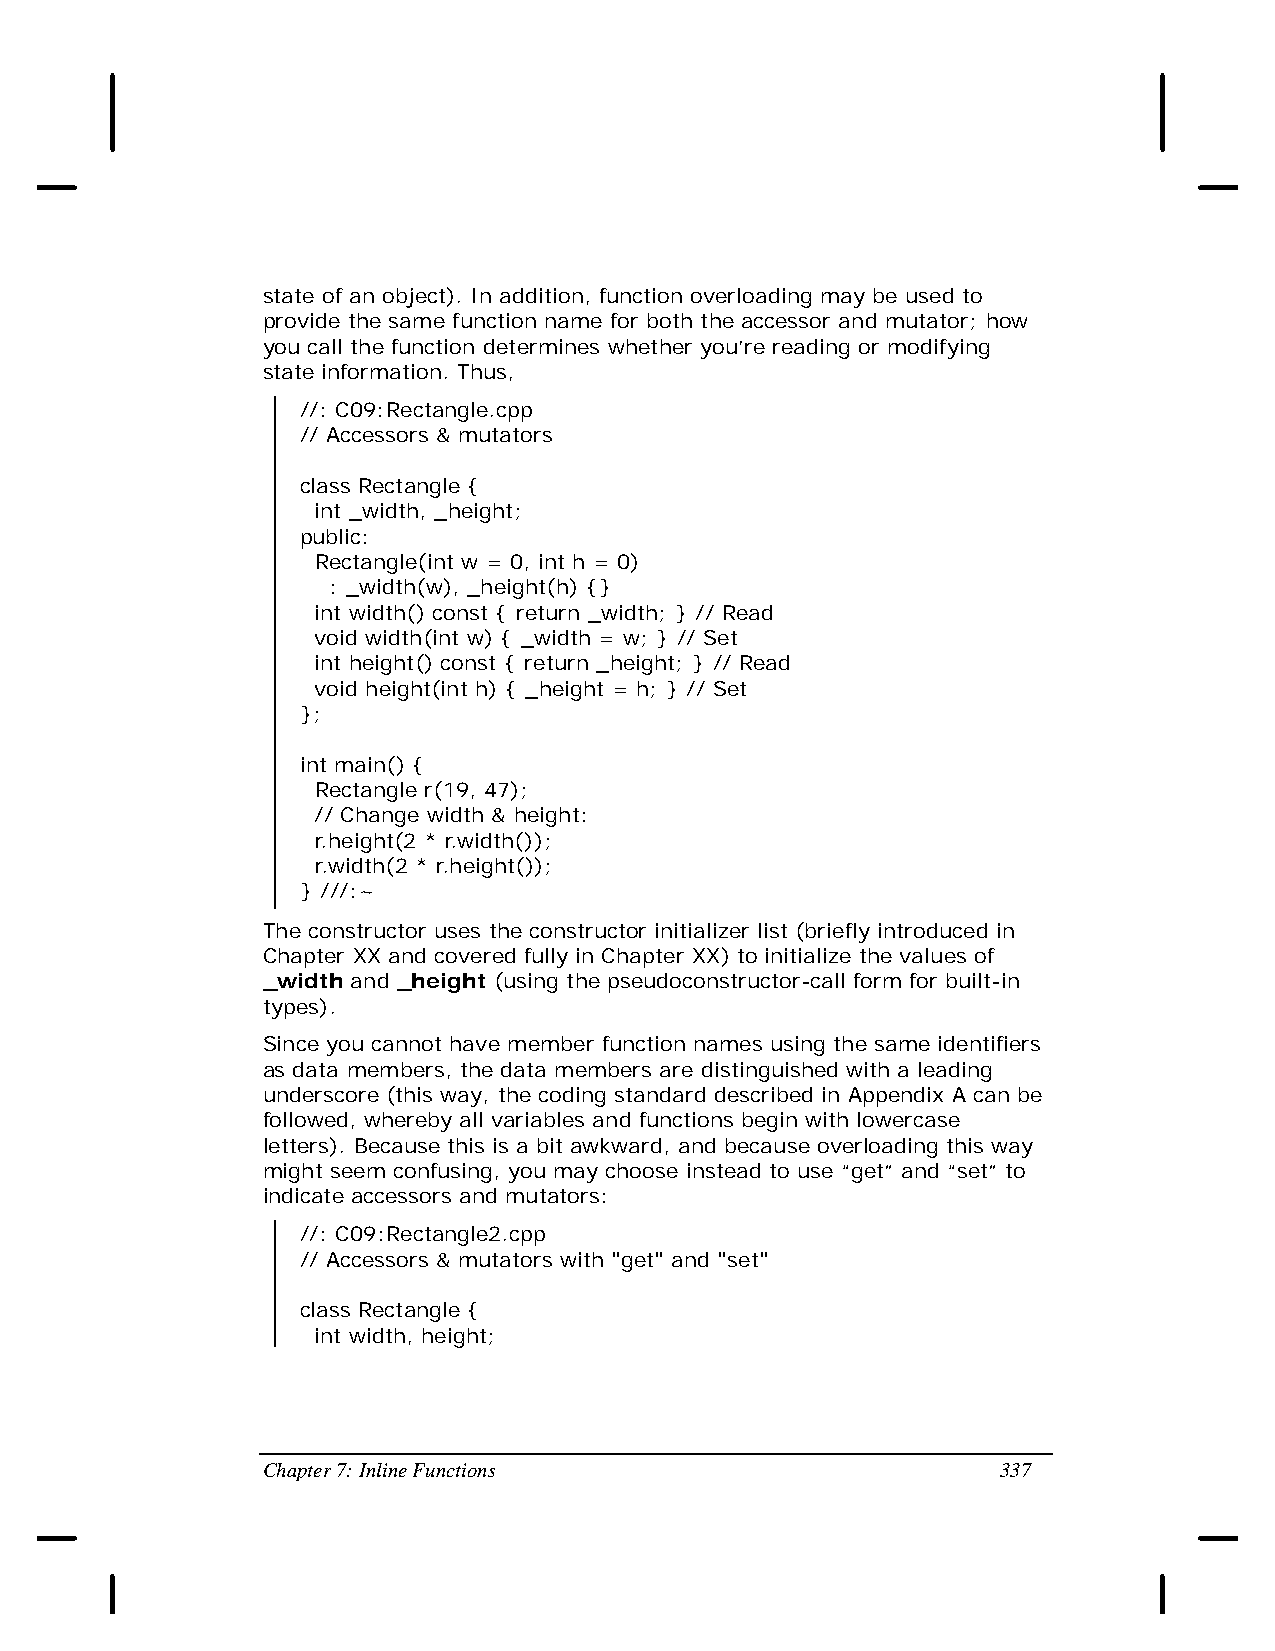
state of an object). In addition, function overloading may be used to
 provide the same function name for both the accessor and mutator; how
 you call the function determines whether you’re reading or modifying
 state information. Thus,
 //: C09:Rectangle.cpp
 // Accessors & mutators
 class Rectangle {
 int _width, _height;
 public:
 Rectangle(int w = 0, int h = 0)
 : _width(w), _height(h) {}
 int width() const { return _width; } // Read
 void width(int w) { _width = w; } // Set
 int height() const { return _height; } // Read
 void height(int h) { _height = h; } // Set
 };
 int main() {
 Rectangle r(19, 47);
 // Change width & height:
 r.height(2 * r.width());
 r.width(2 * r.height());
 } ///:~
 The constructor uses the constructor initializer list (briefly introduced in
 Chapter XX and covered fully in Chapter XX) to initialize the values of
 _width and _height (using the pseudoconstructor-call form for built-in
 types).
 Since you cannot have member function names using the same identifiers
 as data members, the data members are distinguished with a leading
 underscore (this way, the coding standard described in Appendix A can be
 followed, whereby all variables and functions begin with lowercase
 letters). Because this is a bit awkward, and because overloading this way
 might seem confusing, you may choose instead to use “get” and “set” to
 indicate accessors and mutators:
 //: C09:Rectangle2.cpp
 // Accessors & mutators with "get" and "set"
 class Rectangle {
 int width, height;
 Chapter 7: Inline Functions                      337